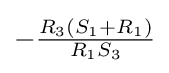
-{\tfrac {R_{3}(S_{1}+R_{1})}{R_{1}S_{3}}}